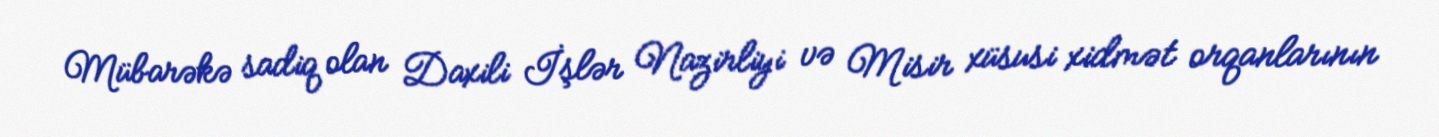
Mübarəkə sadiq olan Daxili İşlər Nazirliyi və Misir xüsusi xidmət orqanlarının